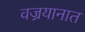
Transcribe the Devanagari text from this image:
वज्रयानात